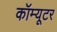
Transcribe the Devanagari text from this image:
कॉम्यूटर